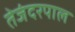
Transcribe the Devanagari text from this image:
तेजंदरपाल